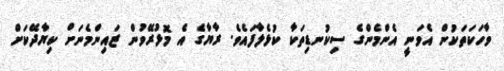
ވާހަކަތަކުން އެވަނީ އެންމެންގެ ސިކުނޑިތަކާ ކުޅެލާފައެވެ. ރާޔާގެ އެ މޮޅުރޭވުން ޒައިންމެނަށް ކިޔާދޭކަށް